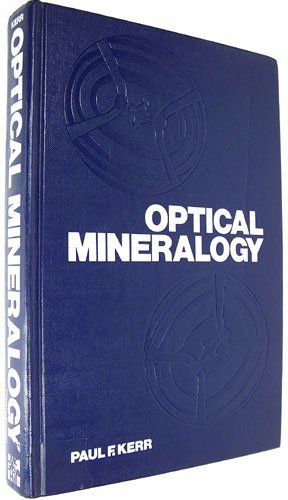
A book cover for Optical Mineralogy; Paul Francis Kerr; Science & Math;